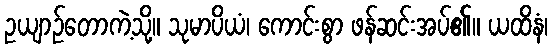
ဥယျာဉ်တောကဲ့သို့။ သုမာပိယံ၊ ကောင်းစွာ ဖန်ဆင်းအပ်၏။ ယထိနံ၊